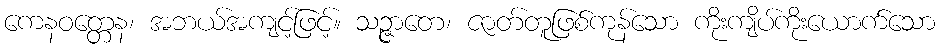
ကေနဝတ္တေန၊ အဘယ်အကျင့်ဖြင့်။ သဉ္ဇာတေ၊ ဇာတ်တူဖြစ်ကုန်သော ကိုးကျိပ်ကိုးယောက်သော